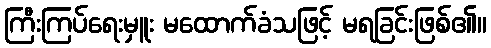
ကြီးကြပ်ရေးမှူး မထောက်ခံသဖြင့် မရခြင်းဖြစ်၏။